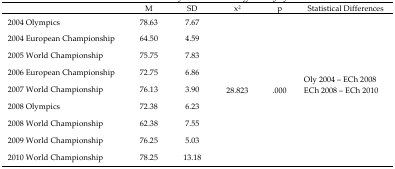
|  | M | SD | x2 | p | Statistical Differences |
 | --- | --- | --- | --- | --- | --- |
 | 2004 Olympics | 78.63 | 7.67 | <ROWSPAN=9> 28.823 | <ROWSPAN=9> .000 | <ROWSPAN=9> Oly 2004 – ECh 2008ECh 2008 – ECh 2010 |
 | 2004 European Championship | 64.50 | 4.59 |
 | 2005 World Championship | 75.75 | 7.83 |
 | 2006 European Championship | 72.75 | 6.86 |
 | 2007 World Championship | 76.13 | 3.90 |
 | 2008 Olympics | 72.38 | 6.23 |
 | 2008 World Championship | 62.38 | 7.55 |
 | 2009 World Championship | 76.25 | 5.03 |
 | 2010 World Championship | 78.25 | 13.18 |